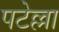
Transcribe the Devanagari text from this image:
पटेल्ला